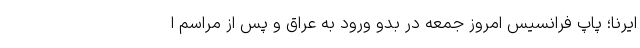
ایرنا؛ پاپ فرانسیس امروز جمعه در بدو ورود به عراق و پس از مراسم ا